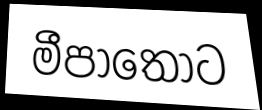
මීපාතොට